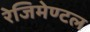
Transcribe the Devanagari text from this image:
रेजिमेण्टल